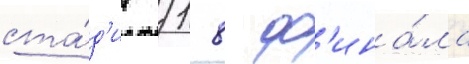
ста́д'ии 1/ 8 ф'ина́ла